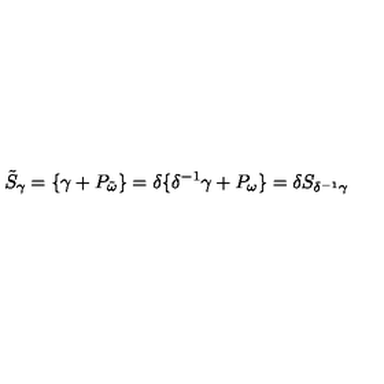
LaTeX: \tilde { S } _ { \gamma } = \{ \gamma + P _ { \tilde { \omega } } \} = \delta \{ \delta ^ { - 1 } \gamma + P _ { \omega } \} = \delta S _ { \delta ^ { - 1 } \gamma }